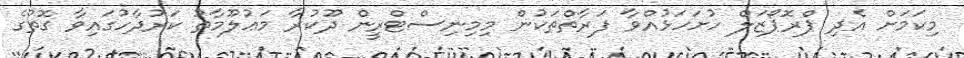
މިކަމަށް އެދި ޕްރޮޕޯޒަލް ހުށަހަޅުއްވާ ފަރާތްތަކުން މިމިނިސްޓްރީން ދޫކުރާ މަޢުލޫމާތު ކަރުދާހުގައިވާ ގޮތުގެ